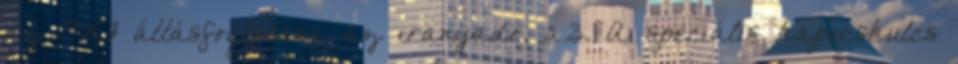
az OKF állásfoglalása az irányadó. 2.3. A speciális kapocskulcs